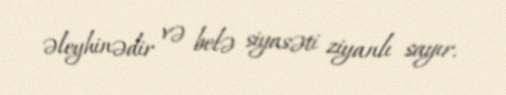
əleyhinədir və belə siyasəti ziyanlı sayır.